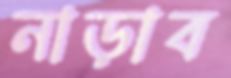
নাড়াব